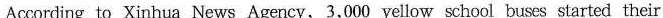
According to Xinhua News Agency,3,000 yellow school buses started their